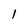
Character: l